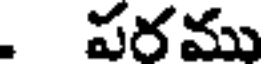
. పరము